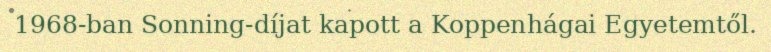
1968-ban Sonning-díjat kapott a Koppenhágai Egyetemtől.